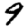
Digit: 9